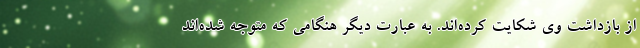
از بازداشت وي شكايت كرده‌اند. به عبارت ديگر هنگامي كه متوجه شده‌اند